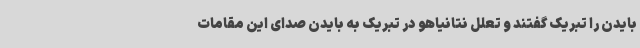
بایدن را تبریک گفتند و تعلل نتانیاهو در تبریک به بایدن صدای این مقامات